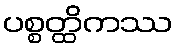
ပစ္စတ္ထိကဿ